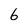
Character: 6